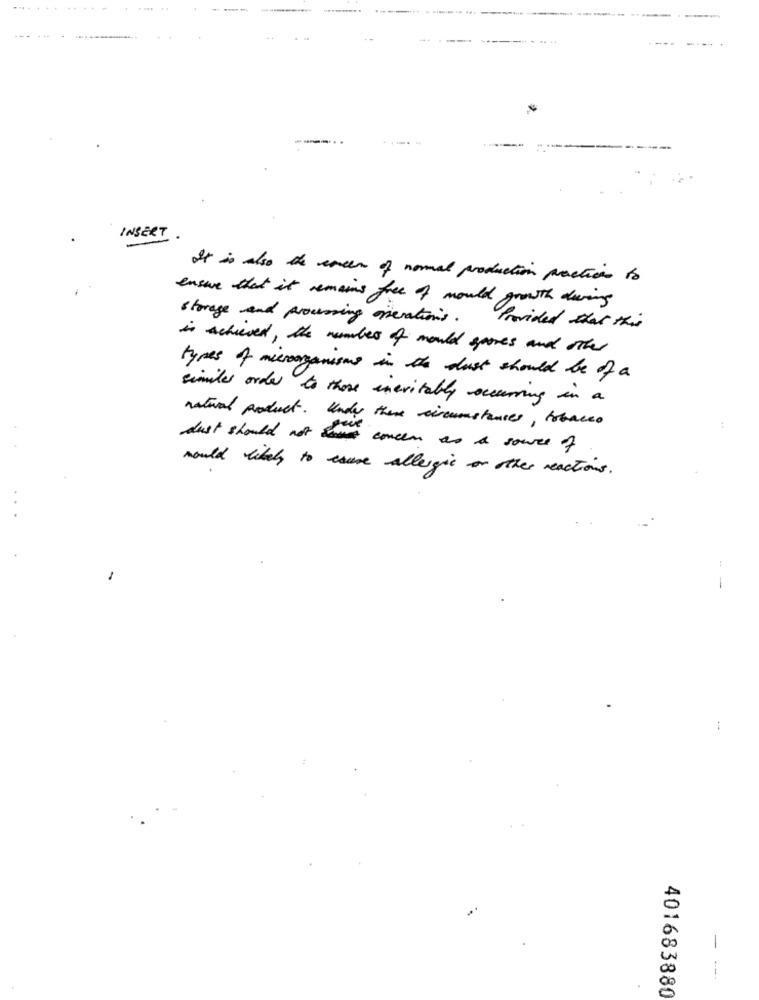
---
--
INSERT
It is also the creen of normal production practice to
ensure that it remains free of mould growth during
storage and processing operations. Provided that this
is achieved , the number of mould spores and other
types of microorganisms in the dust should be of a
similes order to those inevitably occurring in a
natural product. Undy there circumstances, tobacco
dust should not han concen as a source of
would likely to cause allergic or other reactions .
-
-
:
-
---
401683880